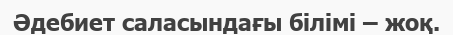
Әдебиет саласындағы білімі – жоқ.